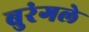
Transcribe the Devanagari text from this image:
बुरंगले